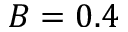
B = 0 . 4